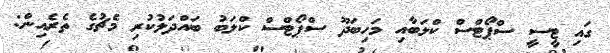
ގައި ޓީސީ ސްޕޯޓްސް ކްލަބާއި މަހިބަދޫ ސްޕޯޓްސް ކްލަބު ބައްދަލުކުރި މެޗުގެ ތެރެއިން: